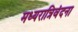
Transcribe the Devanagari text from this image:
मध्यरात्रिवंदना